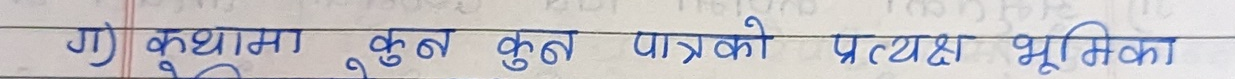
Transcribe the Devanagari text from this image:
ग) कुथामा कुन कुन पात्रको प्रत्यक्ष भूमिका